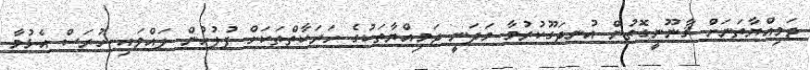
ޖަމިއްޔާތަނަށް ޤާނޫނީގޮތުން އުނދަގޫކުރުމާ މަދަނީ ޖަމިއްޔާތަކުގެ ހަރަކާތްތަކަށް ފުލުހުން ލައްވައި ހުރަސް އެޅުމާ